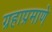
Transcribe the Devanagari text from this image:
ग्रहाप्रमाणे